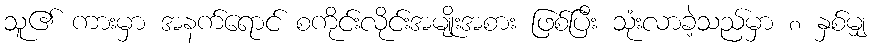
သူ၏ ကားမှာ အနက်ရောင် စကိုင်းလိုင်းအမျိုးအစား ဖြစ်ပြီး သုံးလာခဲ့သည်မှာ ၈ နှစ်မျှ